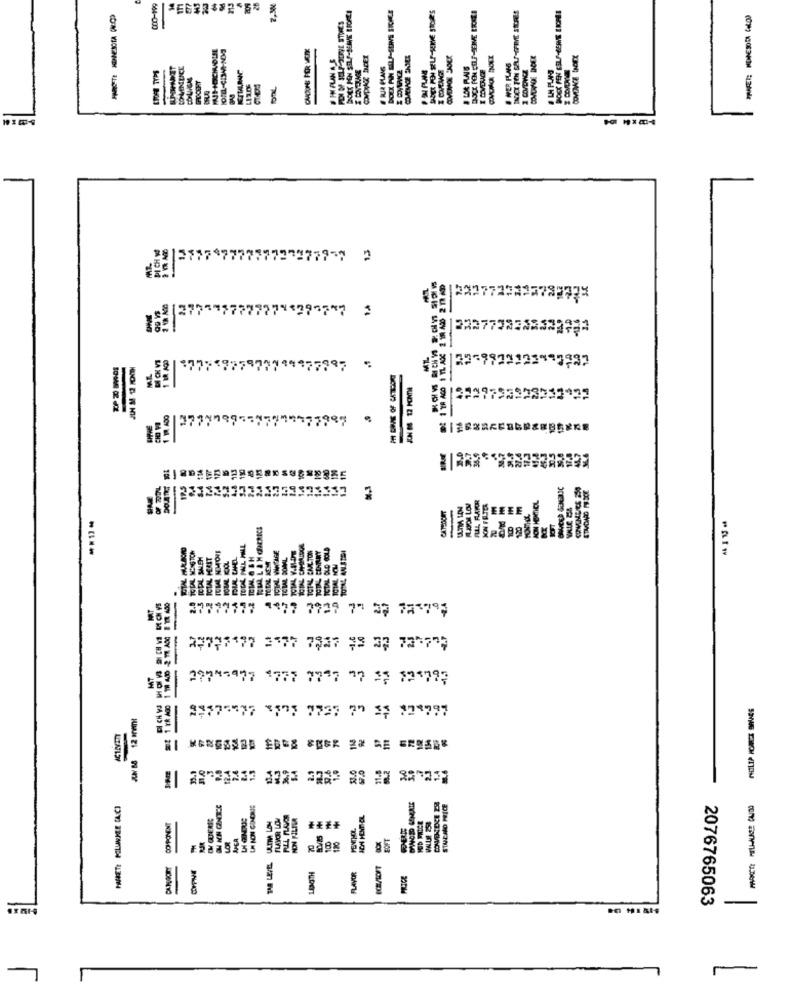
COO-199
2,38
DOEK ANN SELF-SERVE STORCE
PONI OF SELF-SERVE STORES
BOEK PON SELF-SERVE STORE'S
DOCK FEN CELP-JERNE LICHE
& PMPLANAS
COVOWNCE DROEX
KITLANG
RJA PLANS
& COVAPVCA
& COVEMEE
& LOR PLAIS
& WER PLANS
779-7
JIH M 12 MONTH
17997
JN 8 12 MONTH
87
CATEDCENT
29 PEEE
PERIT
CANEL
TOTAL NOW
TOTAL
0511 9877 7929 75 39 775799
-
27773'77 3577 7937 99 37 737 9
MT
2974-977 1777 77"7 "7 33 125793
DICH YS
29375477 3175 7727 70 33 774797
7.6
2.4
COVIDCE 23
STUCMO PICE
FLAVOR LOW
NON FILTER
COMPONENT
MENTHOL
APCA
70
100
SOFT
THE LEVEL
COYPHE
100TH
FLAVOR
2076765063
-